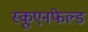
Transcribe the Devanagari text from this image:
स्कूएनफेल्ड